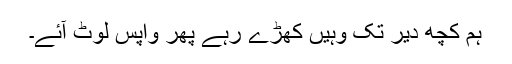
ہم کچھ دیر تک وہیں کھڑے رہے پھر واپس لوٹ آئے۔